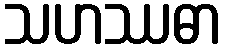
သဟဿဓာ